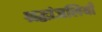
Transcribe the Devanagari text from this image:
श्रद्धांजलियाँ